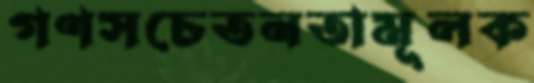
গণসচেতনতামূলক